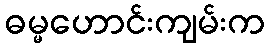
ဓမ္မဟောင်းကျမ်းက